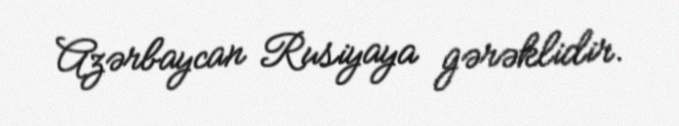
Azərbaycan Rusiyaya gərəklidir.